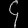
Digit: ၄